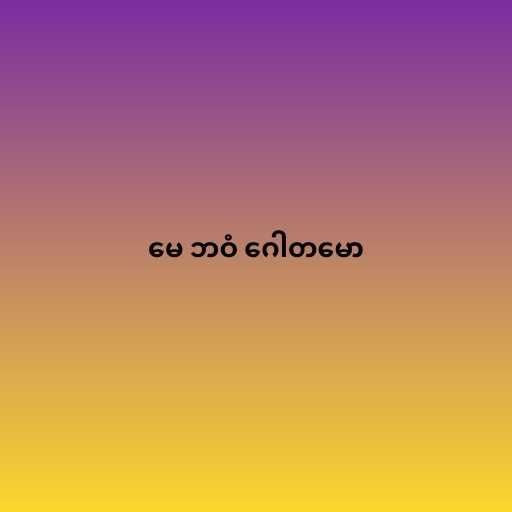
မေ ဘဝံ ဂေါတမော